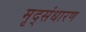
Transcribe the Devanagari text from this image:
मृद्‌संधारण